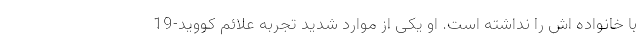
با خانواده اش را نداشته است. او یکی از موارد شدید تجربه علائم کووید-19